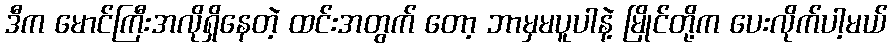
ဒီက မောင်ကြီးအလိုရှိနေတဲ့ ထင်းအတွက် တော့ ဘာမှမပူပါနဲ့ မြိုင်တို့က ပေးလိုက်ပါ့မယ်